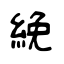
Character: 絻